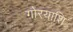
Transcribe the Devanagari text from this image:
गोरयाशि